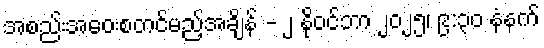
အစည်းအဝေးစတင်မည့်အချိန် - ၂ နိုဝင်ဘာ ၂၀၂၅၊ ၉:၃၀ နံနက်